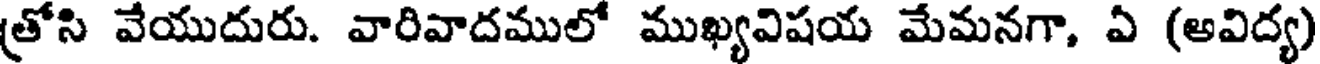
(తోసి వేయుదురు. వారివాదములో ముఖ్యవిషయ మేమనగా, ఏ (అవిద్య)